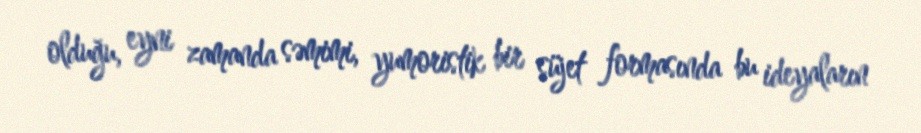
olduğu, eyni zamanda səmimi, yumoristik bir süjet formasında bu ideyaların